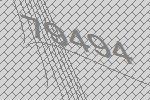
79494